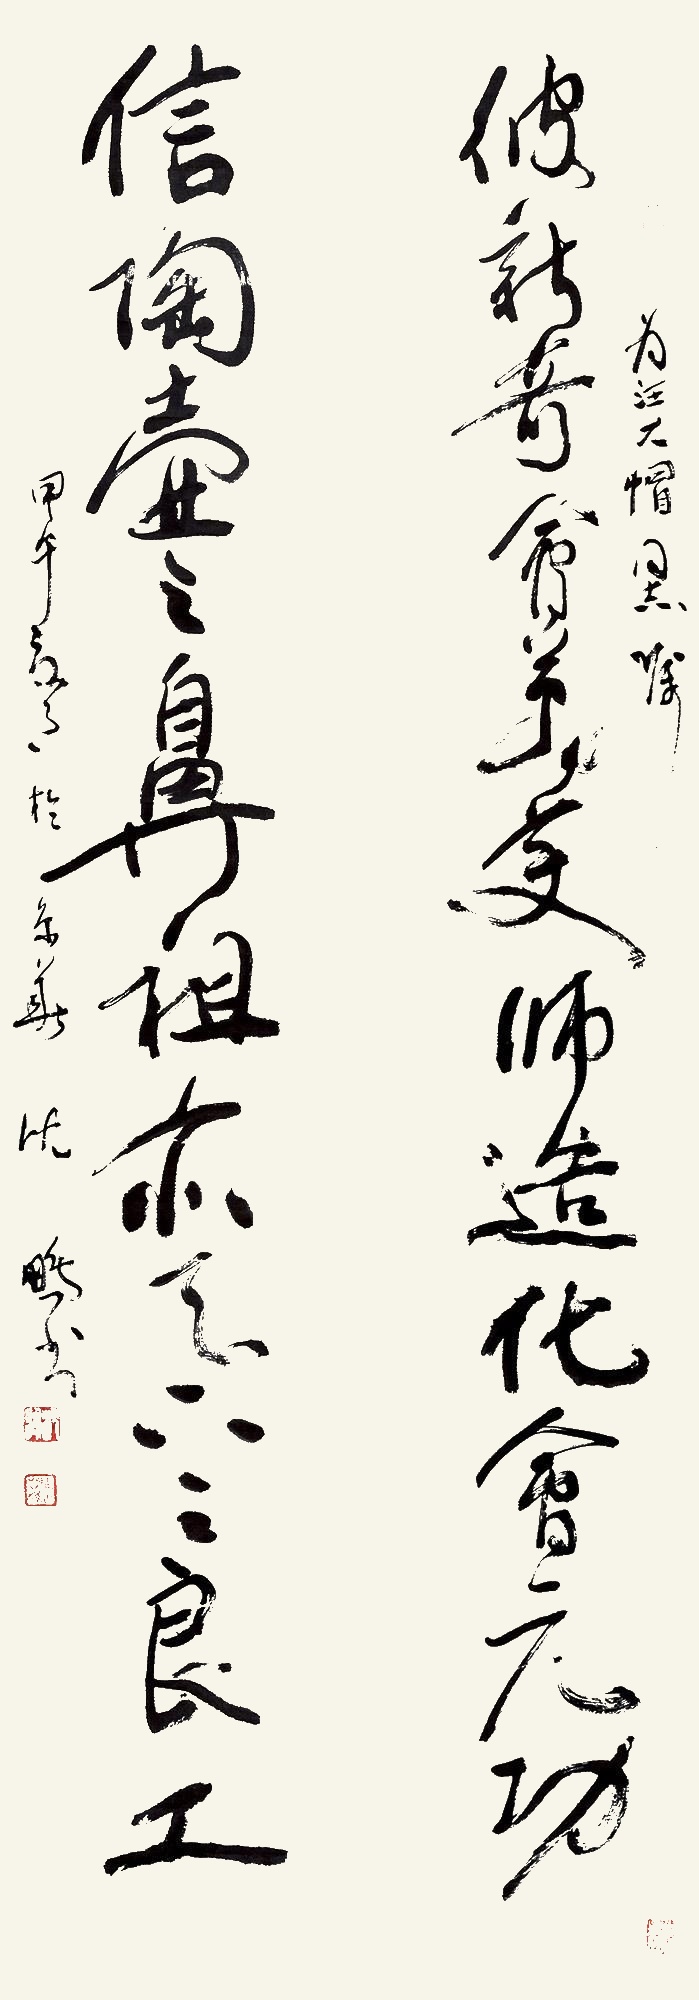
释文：彼新奇兮万变，师造化兮元功。信陶壶之鼻祖，亦天下之良工。为汪大帽同志嘱，甲午（2014年）夏月于京华，沈鹏书。